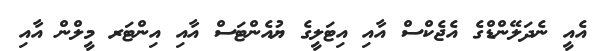
އެއީ ނެދަލޭންޑްގެ އެޖެކްސް އާއި އިޓަލީގެ ޔުއެންޓަސް އާއި އިންޓަރ މީލްން އާއި